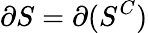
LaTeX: \partial S=\partial(S^{C})